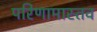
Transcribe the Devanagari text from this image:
परिणामास्तव